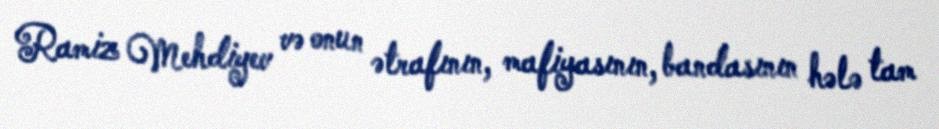
Ramiz Mehdiyev və onun ətrafının, mafiyasının, bandasının hələ tam